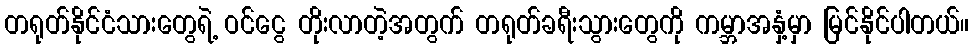
တရုတ်နိုင်ငံသားတွေရဲ့ ဝင်ငွေ တိုးလာတဲ့အတွက် တရုတ်ခရီးသွားတွေကို ကမ္ဘာအနှံ့မှာ မြင်နိုင်ပါတယ်။